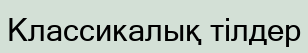
Классикалық тілдер